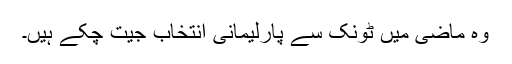
وہ ماضی میں ٹونک سے پارلیمانی انتخاب جیت چکے ہیں۔